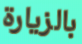
بالزيارة